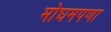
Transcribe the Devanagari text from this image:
मोघमपणा